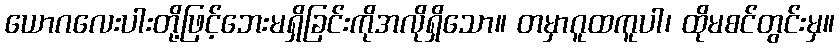
ယောဂလေးပါးတို့ဖြင့်ဘေးမရှိခြင်းကိုအလိုရှိသော။ တမှာဂူထကူပါ၊ ထိုမစင်တွင်းမှ။